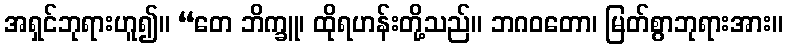
အရှင်ဘုရားဟူ၍။ “တေ ဘိက္ခူ၊ ထိုရဟန်းတို့သည်။ ဘဂဝတော၊ မြတ်စွာဘုရားအား။